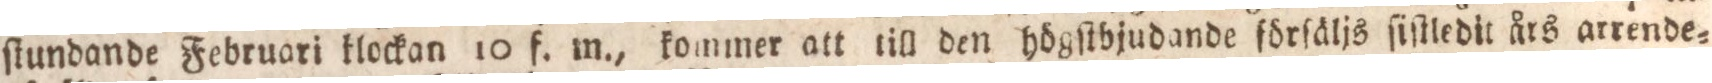
ſtundande Februari klockan 10 f. m., kommer att till den högſtbjudande förſäljs ſiſttedit års arrende=